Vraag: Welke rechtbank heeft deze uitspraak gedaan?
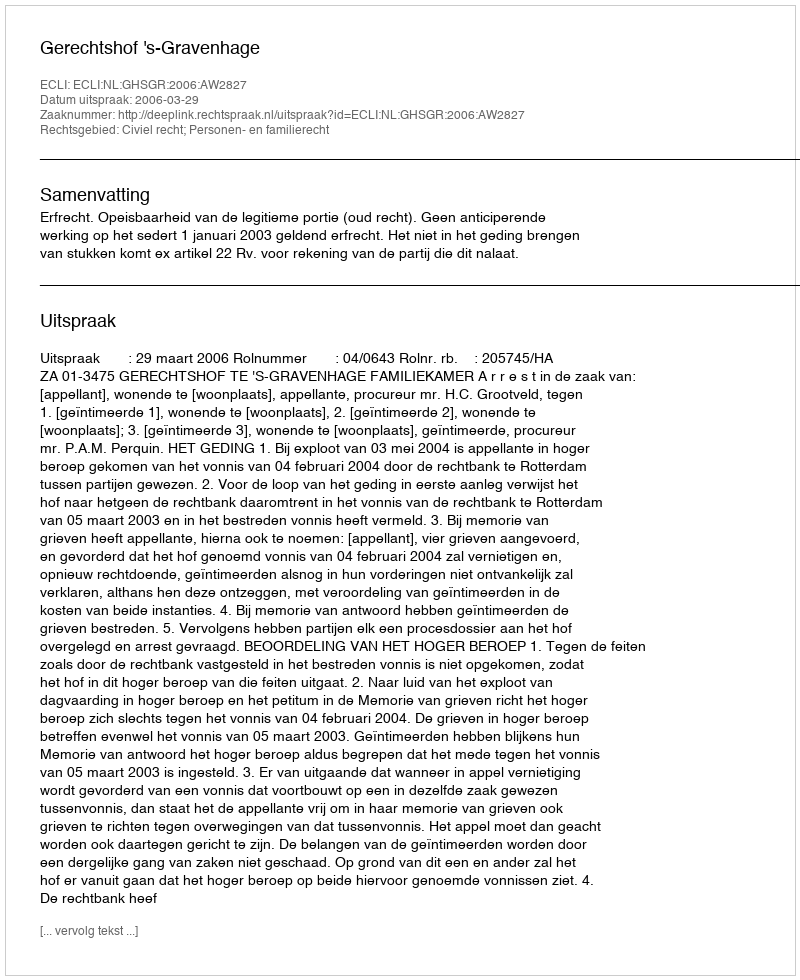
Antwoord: Gerechtshof 's-Gravenhage